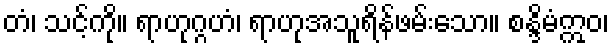
တံ၊ သင့်ကို။ ရာဟုဂ္ဂဟံ၊ ရာဟုအသူရိန်ဖမ်းသော။ စန္ဒိမံဣဝ၊